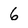
Character: 6